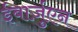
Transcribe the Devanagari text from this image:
ईबार्ज़ुएन